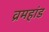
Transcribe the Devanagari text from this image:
व्रमहांड